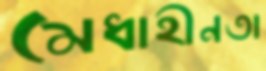
মেধাহীনতা